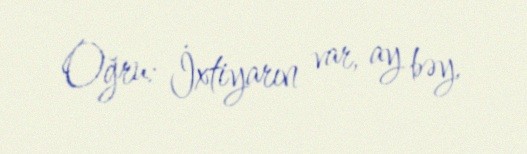
Oğru: İxtiyarın var, ay bəy.